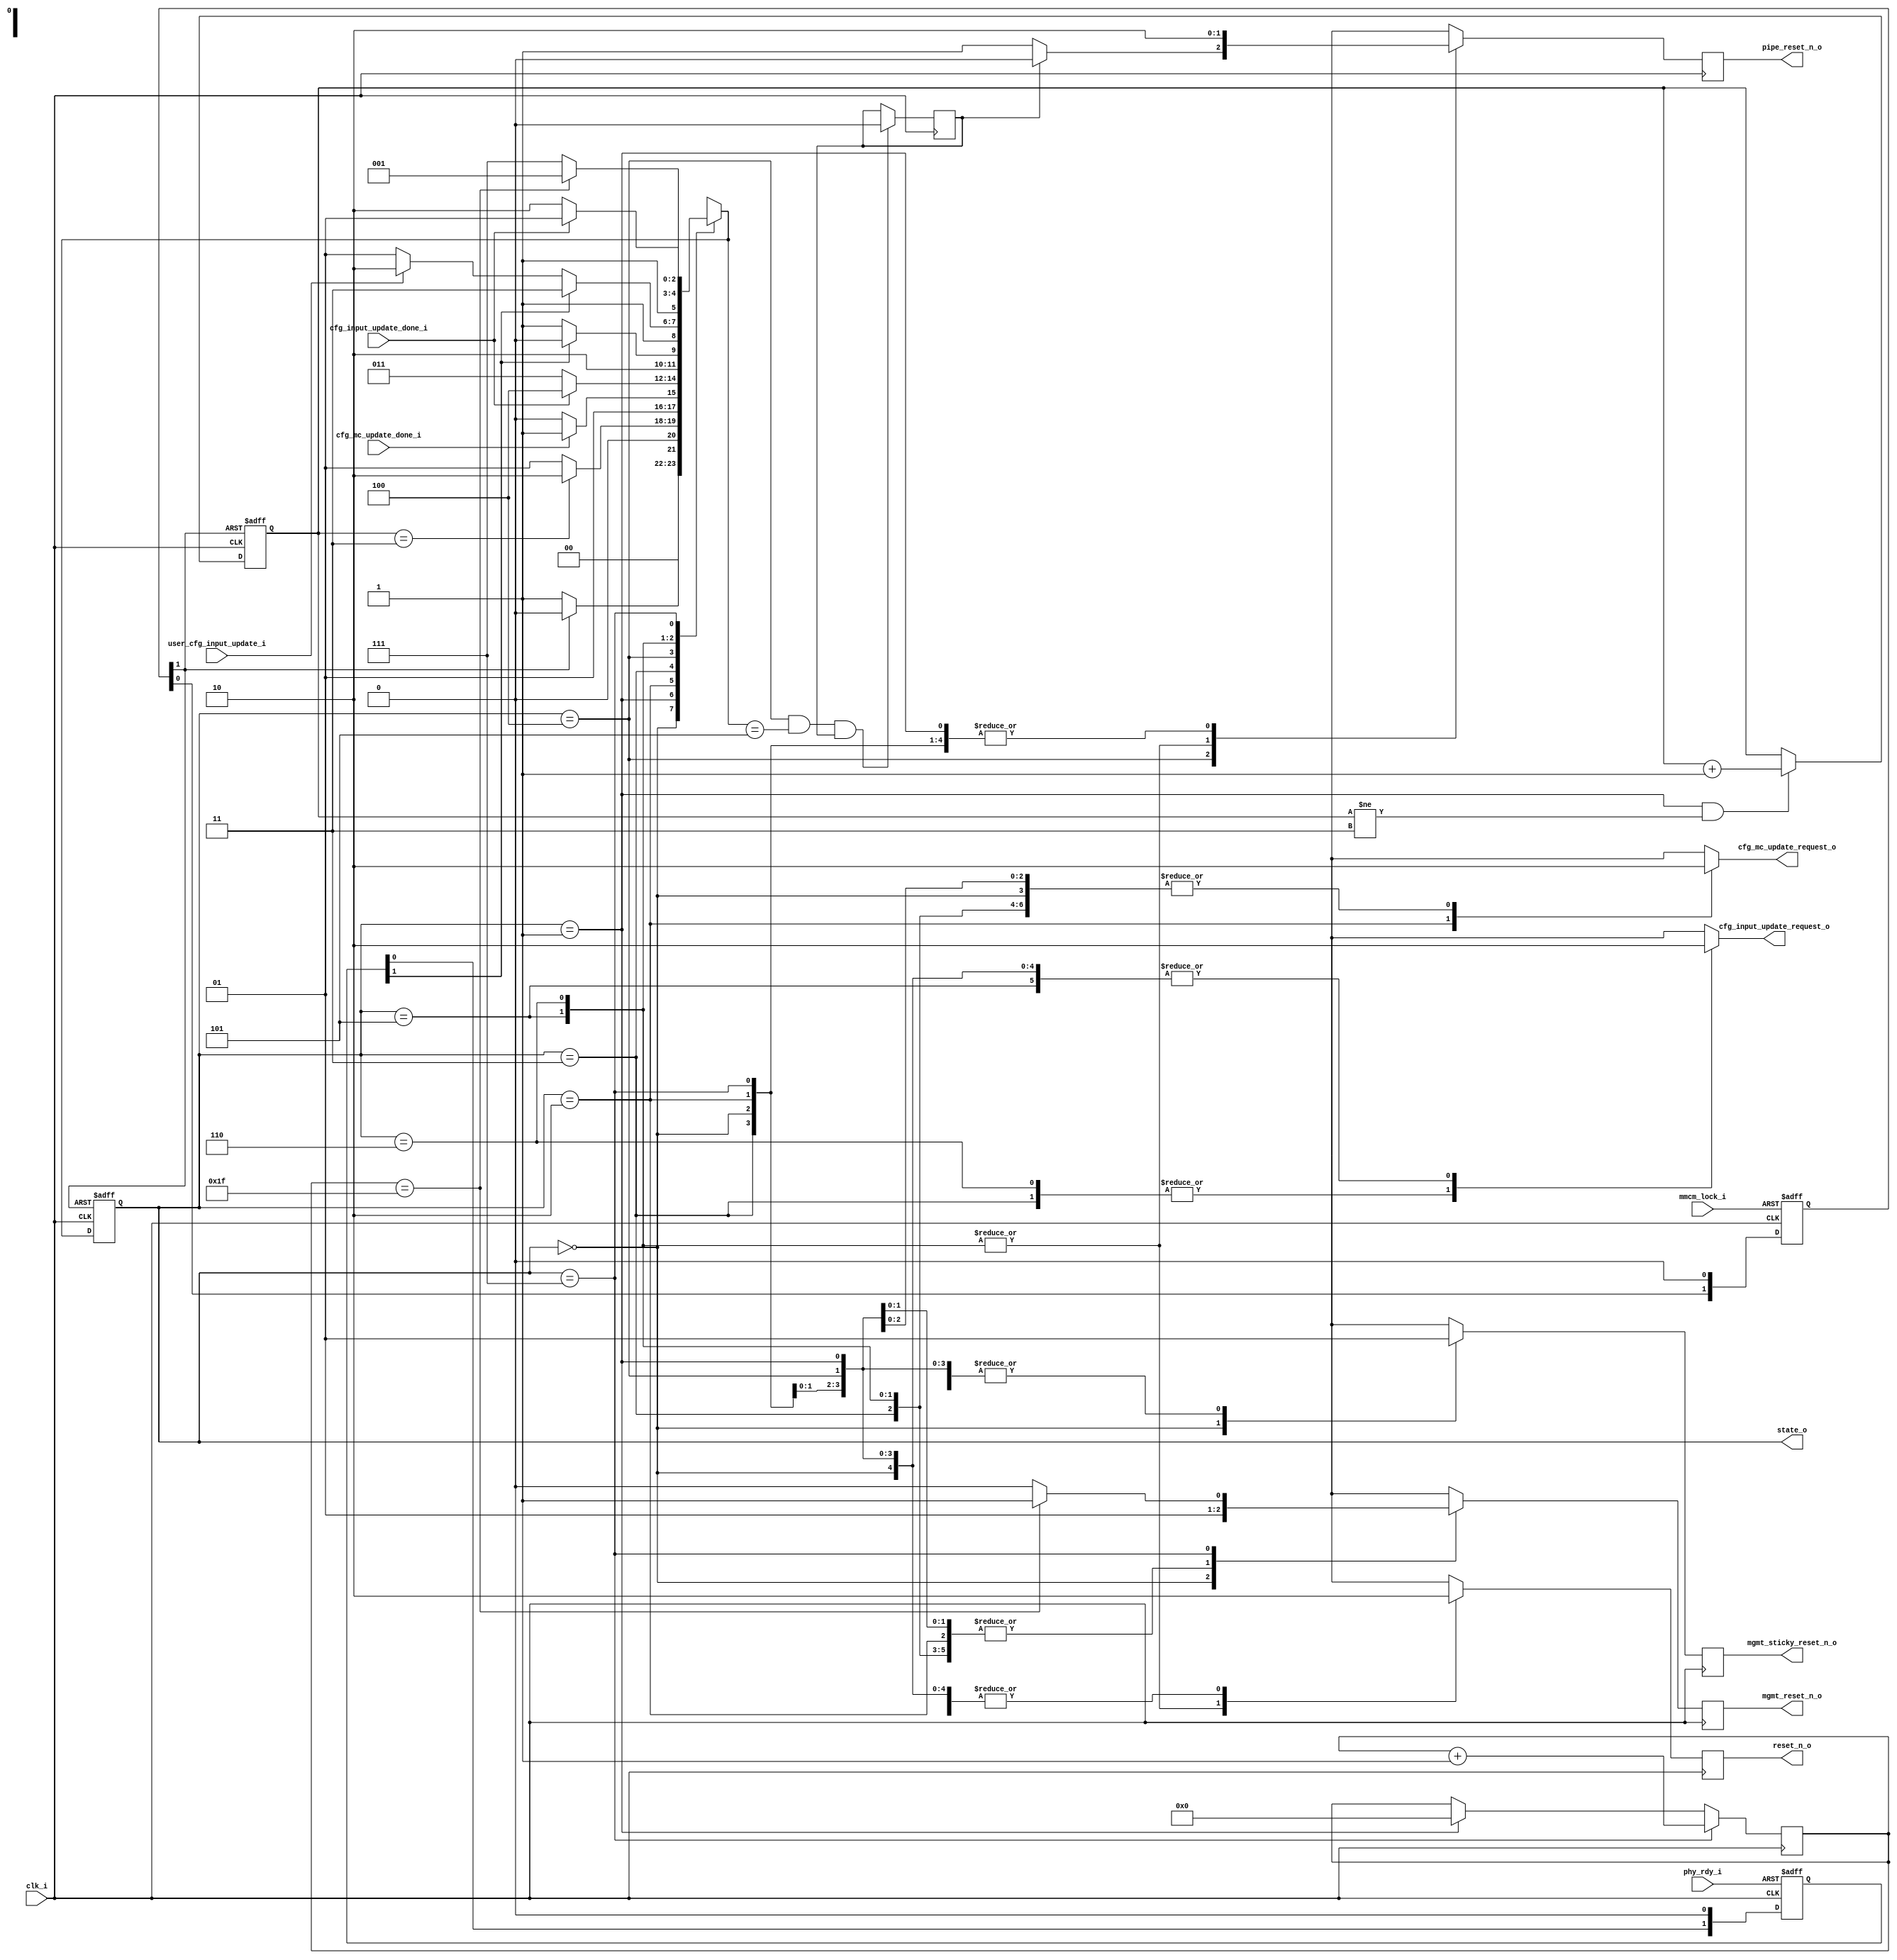
module pcie3_7x_0_pcie_init_ctrl_7vx # (
  parameter         TCQ = 100,
  parameter         PL_UPSTREAM_FACING = "TRUE"
) (
  input               clk_i,                   // User Clock

  output              reset_n_o,               // Fundamental reset, active low
  output              pipe_reset_n_o,          // Resets the PIPE clock domain logic, active low
  output              mgmt_reset_n_o,          // Resets management and configuration registers, active low
  output              mgmt_sticky_reset_n_o,   // Resets sticky management and configuration register bits, active low

  input               mmcm_lock_i,             // MMCM Locked : 1b = MMCM Locked
  input               phy_rdy_i,               // GT is ready : 1b = GT Ready

  input               cfg_input_update_done_i,    // Configuration Input update Complete
  output              cfg_input_update_request_o, // Configuration Input Update Request
  input               cfg_mc_update_done_i,       // Configuration Memory Cell Update Complete
  output              cfg_mc_update_request_o,    // Configuration Memory Cell Update Request

  input               user_cfg_input_update_i,    // User driven Configuration Input Update Request

  output  [2:0]       state_o                     // Debug state

);

  // Local Params

  localparam           STATE_RESET                 =  3'b000;
  localparam           STATE_MGMT_RESET_DEASSERT   =  3'b001;
  localparam           STATE_MC_TRANSFER_REQ       =  3'b010;
  localparam           STATE_INPUT_UPDATE_REQ      =  3'b011;
  localparam           STATE_PHY_RDY               =  3'b100;
  localparam           STATE_RESET_DEASSERT        =  3'b101;
  localparam           STATE_INPUT_UPDATE_REQ_REDO =  3'b110;
  localparam           STATE_MGMT_RESET_ASSERT     =  3'b111;

  // Local Registers

  reg  [2:0]          reg_state /* synthesis syn_state_machine=1 */;
  reg  [2:0]          reg_next_state;

  reg  [1:0]          reg_clock_locked;
  reg  [1:0]          reg_phy_rdy;
  reg                 reg_cold_reset = 1'b1 ;

  reg                 reg_reset_n_o;
  reg                 reg_pipe_reset_n_o;
  reg                 reg_mgmt_reset_n_o;
  reg                 reg_mgmt_sticky_reset_n_o;

  reg                 reg_cfg_input_update_request_o;
  reg                 reg_cfg_mc_update_request_o;
  reg  [1:0]          reg_reset_timer;
  
  reg  [4:0]          reg_mgmt_reset_timer;
  
  reg                 regff_mgmt_reset_n_o = 1'b0;
  reg                 regff_mgmt_sticky_reset_n_o = 1'b0;
  reg                 regff_reset_n_o = 1'b0;
  reg                 regff_pipe_reset_n_o = 1'b0;
  

  // Local Wires

  wire [2:0]          state_w;
  wire [2:0]          next_state_w;
  wire                clock_locked;
  wire                phy_rdy;
  wire                cold_reset;
  wire [1:0]          reset_timer_w;


  // Synchronize MMCM lock output
  always @ (posedge clk_i or negedge mmcm_lock_i) begin

    if (!mmcm_lock_i) begin
      reg_clock_locked[1:0] <= #TCQ 2'b11;
    end else begin
      reg_clock_locked[1:0] <= #TCQ {reg_clock_locked[0], 1'b0};
    end
  end

  assign  clock_locked = !reg_clock_locked[1];

  // Synchronize PHY Ready
  always @ (posedge clk_i or negedge phy_rdy_i) begin

    if (!phy_rdy_i) begin
      reg_phy_rdy[1:0] <= #TCQ 2'b11;
    end else begin
      reg_phy_rdy[1:0] <= #TCQ {reg_phy_rdy[0], 1'b0};
    end
  end
  assign  phy_rdy = !reg_phy_rdy[1];

  // Controller FSM

  always @ (posedge clk_i or negedge clock_locked) begin

    if (!clock_locked) begin

       reg_state <= #(TCQ) STATE_RESET;
       reg_reset_timer <= #(TCQ) 2'b00;

    end else begin

      reg_state <= #(TCQ) reg_next_state;

      if ((state_w == STATE_MGMT_RESET_DEASSERT) && (reset_timer_w != 2'b11))
        reg_reset_timer <= #(TCQ) reset_timer_w + 1'b1;

    end

  end

  always @ (posedge clk_i) begin

    // reset the cold reset flag

    if ((state_w == STATE_PHY_RDY) && (next_state_w == STATE_RESET_DEASSERT) && (cold_reset == 1'b1))
      reg_cold_reset <= #(TCQ) 1'b0;

  end

 always @ (posedge clk_i) begin // mgmt reset timer

    if (state_w == STATE_MGMT_RESET_ASSERT)
      reg_mgmt_reset_timer <= #(TCQ) reg_mgmt_reset_timer + 1'b1;
    else if (state_w == STATE_MGMT_RESET_DEASSERT)
      reg_mgmt_reset_timer <= #(TCQ) 5'h00;
    else
      reg_mgmt_reset_timer <= #(TCQ) reg_mgmt_reset_timer;
  end

generate // Resets for EP and Downstream Port 
 begin: generate_resets
  if( PL_UPSTREAM_FACING == "TRUE") // DUT is a EP
  begin 
   always @ (*) begin

    reg_next_state = STATE_RESET;

    reg_mgmt_reset_n_o = 1'b1;
    reg_mgmt_sticky_reset_n_o = 1'b1;
    reg_cfg_input_update_request_o = 1'b0;
    reg_cfg_mc_update_request_o = 1'b0;
    reg_reset_n_o = 1'b0;
    reg_pipe_reset_n_o = 1'b0;

    case(state_w)

      STATE_RESET : begin

        reg_mgmt_reset_n_o = 1'b0;
        reg_mgmt_sticky_reset_n_o = 1'b0;

        if (clock_locked) begin
          reg_next_state = STATE_MGMT_RESET_DEASSERT;
        end else begin
          reg_next_state = STATE_RESET;
        end
      end

      STATE_MGMT_RESET_DEASSERT : begin

        if (reset_timer_w == 2'b11) begin
          reg_next_state = STATE_MC_TRANSFER_REQ;
        end else begin
          reg_next_state = STATE_MGMT_RESET_DEASSERT;
        end
      end

      STATE_MC_TRANSFER_REQ : begin

        reg_cfg_mc_update_request_o = 1'b1;
        if (cfg_mc_update_done_i) begin
          reg_next_state = STATE_INPUT_UPDATE_REQ;
        end else begin
          reg_next_state = STATE_MC_TRANSFER_REQ;
        end
      end

      STATE_INPUT_UPDATE_REQ : begin

        reg_cfg_input_update_request_o = 1'b1;
        if (cfg_input_update_done_i) begin
          reg_next_state = STATE_PHY_RDY;
        end else begin
          reg_next_state = STATE_INPUT_UPDATE_REQ;
        end
      end

      STATE_PHY_RDY : begin

        // Check warm reset flag
        if (!cold_reset) begin
          reg_pipe_reset_n_o = 1'b1;
        end

        if (phy_rdy) begin
          reg_next_state = STATE_RESET_DEASSERT;
        end else begin
          reg_next_state = STATE_PHY_RDY;
        end
      end

      STATE_RESET_DEASSERT : begin

        reg_reset_n_o = 1'b1;
        reg_pipe_reset_n_o = 1'b1;

        if (!phy_rdy) begin
          reg_next_state = STATE_MGMT_RESET_ASSERT;
        end else if (user_cfg_input_update_i) begin
          reg_next_state = STATE_INPUT_UPDATE_REQ_REDO;
        end else begin
          reg_next_state = STATE_RESET_DEASSERT;
        end
      end

      STATE_INPUT_UPDATE_REQ_REDO : begin

        reg_reset_n_o = 1'b1;
        reg_pipe_reset_n_o = 1'b1;
        reg_cfg_input_update_request_o = 1'b1;

        if (cfg_input_update_done_i) begin
          reg_next_state = STATE_RESET_DEASSERT;
        end else begin
          reg_next_state = STATE_INPUT_UPDATE_REQ_REDO;
        end
      end

     STATE_MGMT_RESET_ASSERT : begin

        if (reg_mgmt_reset_timer == 5'h1f) begin
          reg_next_state = STATE_MGMT_RESET_DEASSERT;
          reg_mgmt_reset_n_o = 1'b1;
        end else begin
          reg_next_state = STATE_MGMT_RESET_ASSERT;
          reg_mgmt_reset_n_o = 1'b0;
        end
      end

    endcase

  end //always

  end else  begin // DUT is a Downstream port

   always @ (*) begin

    reg_next_state = STATE_RESET;

    reg_mgmt_reset_n_o = 1'b1;
    reg_mgmt_sticky_reset_n_o = 1'b1;
    reg_cfg_input_update_request_o = 1'b0;
    reg_cfg_mc_update_request_o = 1'b0;
    reg_reset_n_o = 1'b0;
    reg_pipe_reset_n_o = 1'b0;

    case(state_w)

      STATE_RESET : begin

        reg_mgmt_reset_n_o = 1'b0;
        reg_mgmt_sticky_reset_n_o = 1'b0;

        if (clock_locked) begin
          reg_next_state = STATE_MGMT_RESET_DEASSERT;
        end else begin
          reg_next_state = STATE_RESET;
        end
      end

      STATE_MGMT_RESET_DEASSERT : begin

        if (reset_timer_w == 2'b11) begin
          reg_next_state = STATE_MC_TRANSFER_REQ;
        end else begin
          reg_next_state = STATE_MGMT_RESET_DEASSERT;
        end
      end

      STATE_MC_TRANSFER_REQ : begin

        reg_cfg_mc_update_request_o = 1'b1;
        if (cfg_mc_update_done_i) begin
          reg_next_state = STATE_INPUT_UPDATE_REQ;
        end else begin
          reg_next_state = STATE_MC_TRANSFER_REQ;
        end
      end

      STATE_INPUT_UPDATE_REQ : begin

        reg_cfg_input_update_request_o = 1'b1;
        if (cfg_input_update_done_i) begin
          reg_next_state = STATE_PHY_RDY;
        end else begin
          reg_next_state = STATE_INPUT_UPDATE_REQ;
        end
      end

      STATE_PHY_RDY : begin

        // Check warm reset flag
        if (!cold_reset) begin
          reg_pipe_reset_n_o = 1'b1;
        end

        if (phy_rdy) begin
          reg_next_state = STATE_RESET_DEASSERT;
        end else begin
          reg_next_state = STATE_PHY_RDY;
        end
      end

      STATE_RESET_DEASSERT : begin

        reg_reset_n_o = 1'b1;
        reg_pipe_reset_n_o = 1'b1;

        if (!phy_rdy) begin
          reg_next_state = STATE_PHY_RDY;
        end else if (user_cfg_input_update_i) begin
          reg_next_state = STATE_INPUT_UPDATE_REQ_REDO;
        end else begin
          reg_next_state = STATE_RESET_DEASSERT;
        end
      end

      STATE_INPUT_UPDATE_REQ_REDO : begin

        reg_reset_n_o = 1'b1;
        reg_pipe_reset_n_o = 1'b1;
        reg_cfg_input_update_request_o = 1'b1;

        if (cfg_input_update_done_i) begin
          reg_next_state = STATE_RESET_DEASSERT;
        end else begin
          reg_next_state = STATE_INPUT_UPDATE_REQ_REDO;
        end
      end

    endcase

  end //always

  end // else // DUT is a Downstream port
 end // generate resets
 endgenerate

  // Register signals
  always @(posedge clk_i) begin
    regff_mgmt_reset_n_o        <= reg_mgmt_reset_n_o;
    regff_mgmt_sticky_reset_n_o <= reg_mgmt_sticky_reset_n_o;
    regff_pipe_reset_n_o        <= reg_pipe_reset_n_o;
    regff_reset_n_o             <= reg_reset_n_o;
    
  
  end
  // Assigns

  assign state_w                    = reg_state;
  assign next_state_w               = reg_next_state;
  //assign reset_n_o                  = reg_reset_n_o;
  //assign pipe_reset_n_o             = reg_pipe_reset_n_o;
  //assign mgmt_reset_n_o             = reg_mgmt_reset_n_o;
  //assign mgmt_sticky_reset_n_o      = reg_mgmt_sticky_reset_n_o;
  assign reset_n_o                  = regff_reset_n_o;
  assign pipe_reset_n_o             = regff_pipe_reset_n_o;
  assign mgmt_reset_n_o             = regff_mgmt_reset_n_o;
  assign mgmt_sticky_reset_n_o      = regff_mgmt_sticky_reset_n_o;
  assign cfg_input_update_request_o = reg_cfg_input_update_request_o;
  assign cfg_mc_update_request_o    = reg_cfg_mc_update_request_o;
  assign cold_reset                 = reg_cold_reset;
  assign state_o                    = reg_state;
  assign reset_timer_w              = reg_reset_timer;

endmodule